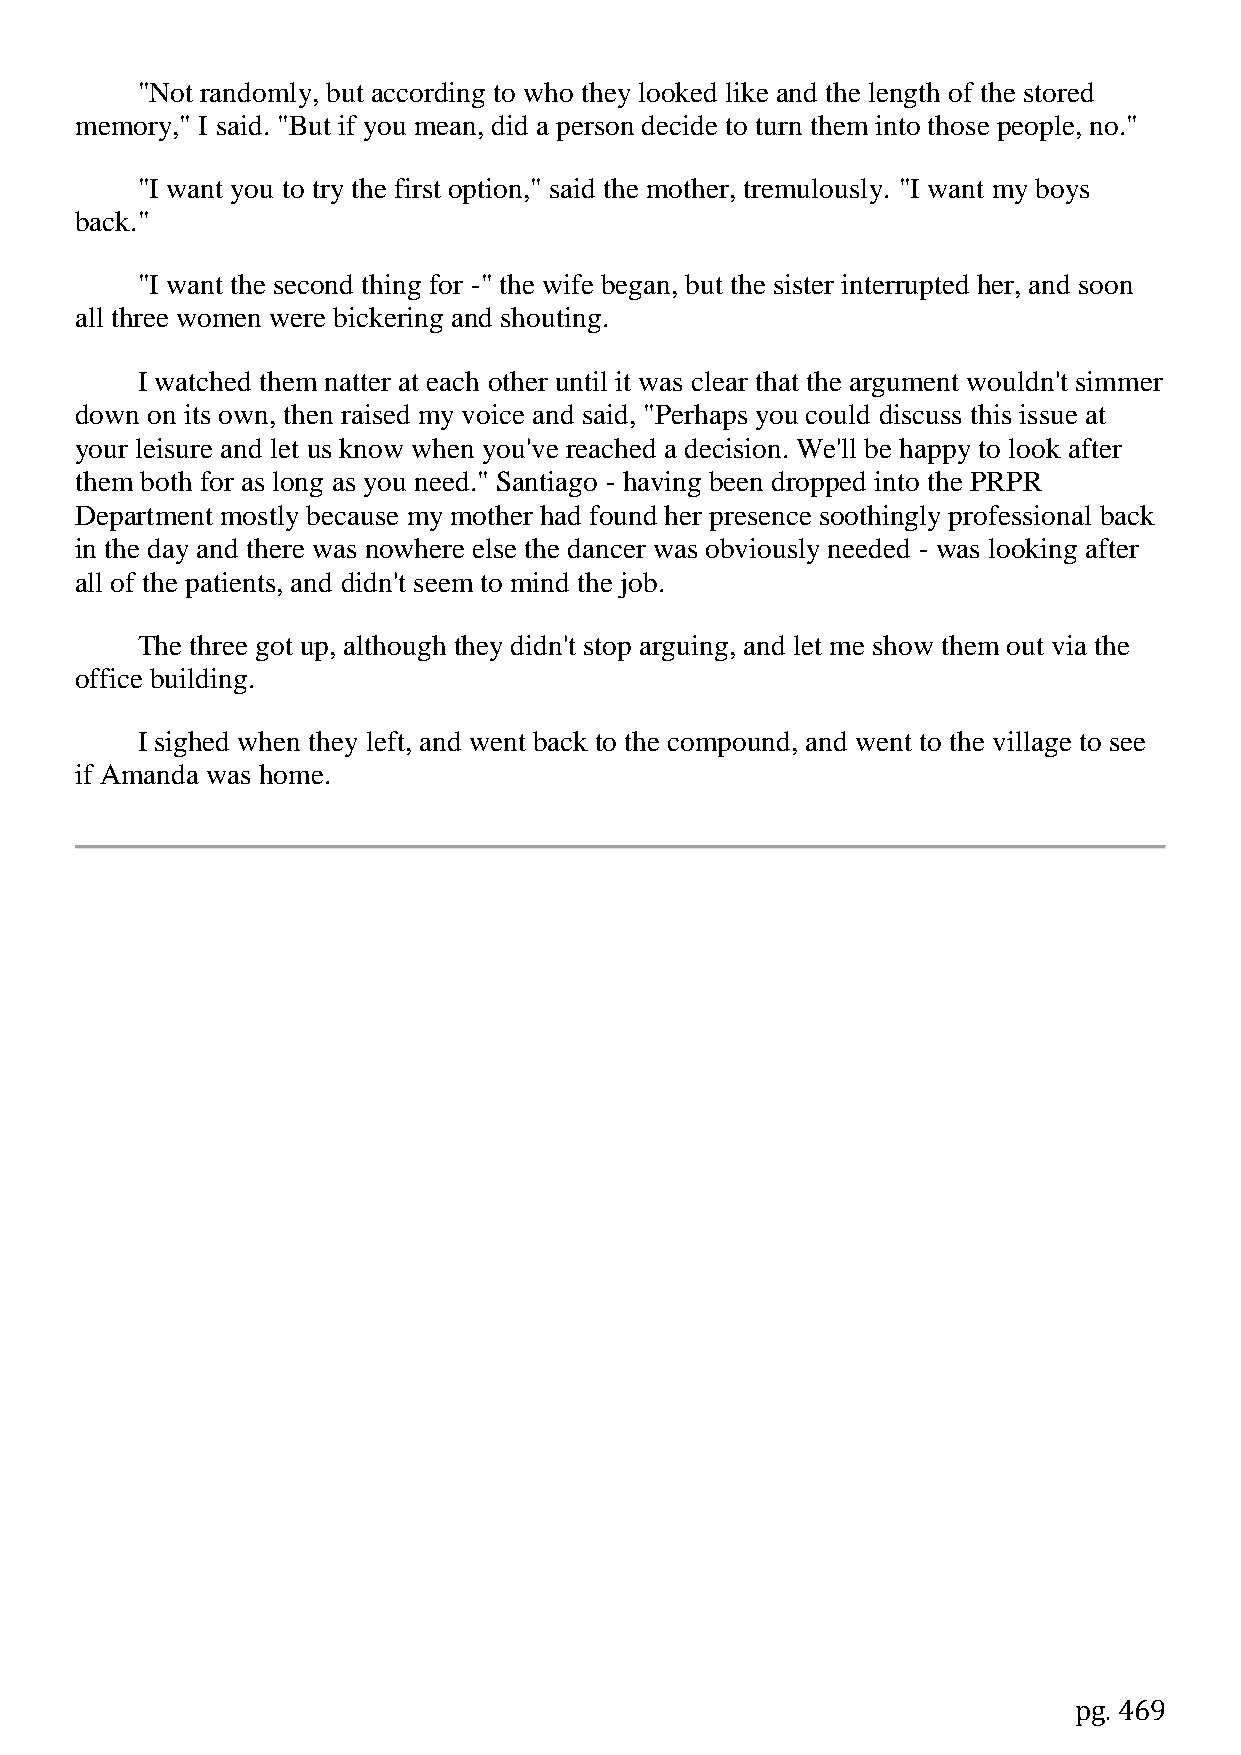
"Not randomly, but according to who they looked like and the length of the stored
 memory," I said. "But if you mean, did a person decide to turn them into those people, no."
 "I want you to try the first option," said the mother, tremulously. "I want my boys
 back."
 "I want the second thing for -" the wife began, but the sister interrupted her, and soon
 all three women were bickering and shouting.
 I watched them natter at each other until it was clear that the argument wouldn't simmer
 down on its own, then raised my voice and said, "Perhaps you could discuss this issue at
 your leisure and let us know when you've reached a decision. We'll be happy to look after
 them both for as long as you need." Santiago - having been dropped into the PRPR
 Department mostly because my mother had found her presence soothingly professional back
 in the day and there was nowhere else the dancer was obviously needed - was looking after
 all of the patients, and didn't seem to mind the job.
 The three got up, although they didn't stop arguing, and let me show them out via the
 office building.
 I sighed when they left, and went back to the compound, and went to the village to see
 if Amanda was home.
 pg. 469